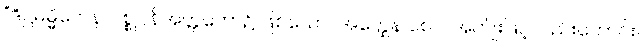
“ဒိဋ္ဌဓမ္မိကေန၊ ပစ္စုပ္ပန်အတ္တဘော၌ ဖြစ်သော။ အတ္ထေန စေဝ၊ အကျိုးဖြင့်လည်းကောင်း။